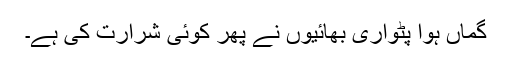
گماں ہوا پٹواری بھائیوں نے پھر کوئی شرارت کی ہے۔